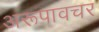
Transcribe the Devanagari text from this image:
अरूपावचर